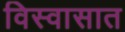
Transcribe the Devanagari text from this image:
विस्वासात